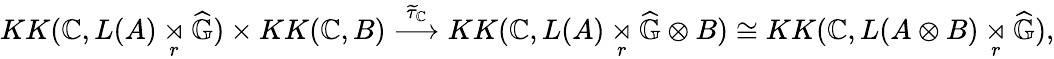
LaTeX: KK(\mathbb{C},L(A)\underset{r}{\rtimes}\widehat{\mathbb{G}})\times KK(\mathbb{C},B)\overset{\widetilde{\tau}_{\mathbb{C}}}{\longrightarrow}KK(\mathbb{C},L(A)\underset{r}{\rtimes}\widehat{\mathbb{G}}\otimes B)\cong KK(\mathbb{C},L(A\otimes B)\underset{r}{\rtimes}\widehat{\mathbb{G}}),